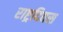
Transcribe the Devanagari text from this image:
राष्ट्रदिवस